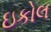
ઇકોલ